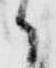
候